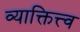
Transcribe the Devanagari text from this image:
व्याक्तित्त्व